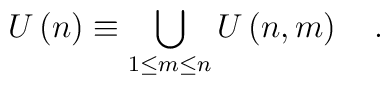
U\left( n\right) \equiv \bigcup\limits_{1\le m\le n}U\left(n,m\right) \quad .